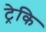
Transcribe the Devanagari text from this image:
ट्रेकि